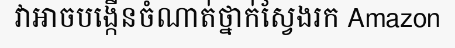
វាអាចបង្កើនចំណាត់ថ្នាក់ស្វែងរក Amazon